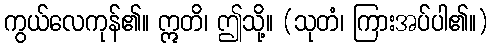
ကွယ်လေကုန်၏။ ဣတိ၊ ဤသို့။ (သုတံ၊ ကြားအပ်ပါ၏။)